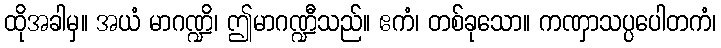
ထိုအခါမှ။ အယံ မာဂဏ္ဍိ၊ ဤမာဂဏ္ဍီသည်။ ဧကံ၊ တစ်ခုသော။ ကဏှာသပ္ပပေါတကံ၊